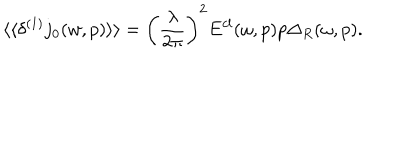
\langle \langle \delta ^ { ( 1 ) } j _ { 0 } ( w , p ) \rangle \rangle = \left( \frac { \lambda } { 2 \pi } \right) ^ { 2 } E ^ { c l } ( \omega , p ) p \Delta _ { R } ( \omega , p ) .